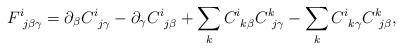
LaTeX: \begin{align*} F^i_{\: \: j \beta \gamma} = \partial_\beta C^i_{\: \: j \gamma} - \partial_\gamma C^i_{\: \: j \beta} + \sum_k C^i_{\: \: k \beta} C^k_{\: \: j \gamma} -\sum_k C^i_{\: \: k \gamma} C^k_{\: \: j \beta},\end{align*}